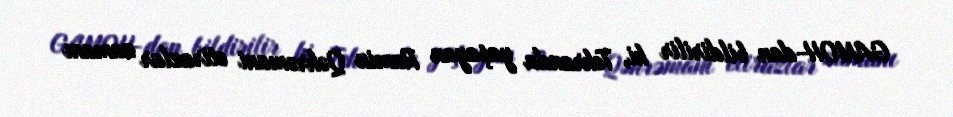
GAMOH-dan bildirilir ki, Tehranda yaşayan Ramin Qəhrəmani etirazlar zamanı